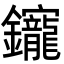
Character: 𨰧